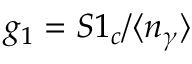
g _ { 1 } = S 1 _ { c } / \langle n _ { \gamma } \rangle